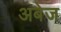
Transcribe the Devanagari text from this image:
अबेज